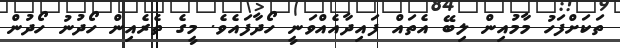
ތަކަށްފަހު މާމުއިން ލިބޭ އެތައް ފައިދާއެއްވަނީ ހޯދާފައެވެ. މީގެ ތެރެއިން ހޯދުނު ހޯދުން